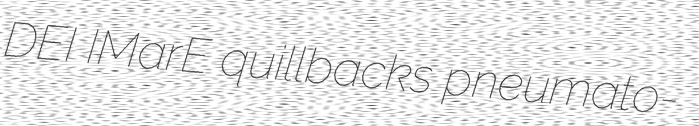
DEI IMarE quillbacks pneumato-